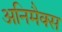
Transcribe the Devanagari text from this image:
अनिमैक्स